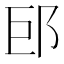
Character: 䢹